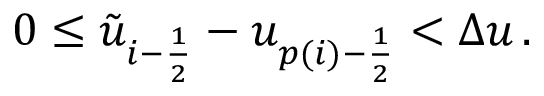
0 \leq \tilde { u } _ { i - \frac { 1 } { 2 } } - u _ { p ( i ) - \frac { 1 } { 2 } } < \Delta u \, .